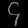
Digit: ၄